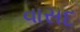
વાસદ